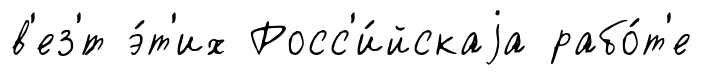
в'ез'́т э́т'их Росс'и́йскаjа рабо́т'е